Vaccine operations Central Provinces 1868-1885 - 1868-1885
Year: 1868
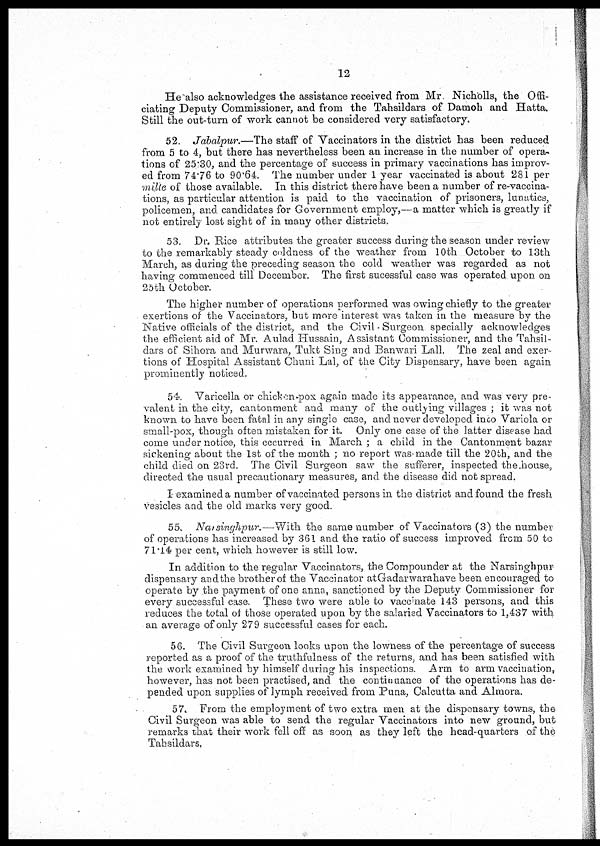
12
He also acknowledges the assistance received from Mr Nicholls, the Offi-
ciating Deputy Commissioner, and from the Tahsildars of Damoh and Hatta.
Still the out-turn of work cannot be considered very satisfactory.
52. Jabalpur.—The staff of Vaccinators in the district has been reduced
from 5 to 4, but there has nevertheless been an increase in the number of opera-
tions of 25.30, and the percentage of success in primary vaccinations has improv-
ed from 74.76 to 90.64. The number under 1 year vaccinated is about 281 per
mille of those available. In this district there have been a number of re-vaccina-
tions, as particular attention is paid to the vaccination of prisoners, lunatics,
policemen, and candidates for Government employ,—a matter which is greatly if
not entirely lost sight of in many other districts.
53. Dr. Rice attributes the greater success during the season under review
to the remarkably steady coldness of the weather from 10th October to 13th
March, as during the preceding season the cold weather was regarded as not
having commenced till December. The first sucessful case was operated upon on
25th October.
The higher number of operations performed was owing chiefly to the greater
exertions of the Vaccinators, but more interest was taken in the measure by the
Native officials of the district, and the Civil - Surgeon specially acknowledges
the efficient aid of Mr. Aulad Hussain, Assistant Commissioner, and the Tahsil-
dars of Sihora and Murwara, Tukt Sing and Banwari Lall. The zeal and exer-
tions of Hospital Assistant Chuni Lal, of the City Dispensary, have been again
prominently noticed.
54. Varicella or chickon-pox again made its appearance, and was very pre-
valent in the city, cantonment and many of the outlying villages ; it was not
known to have been fatal in any single case, and never developed into Variola or
small-pox, though often mistaken for it. Only one case of the latter disease had
come under notice, this occurred in March ; a child in the Cantonment bazar
sickening about the 1st of the month ; no report was made till the 20th, and the
child died on 23rd. The Civil Surgeon saw the sufferer, inspected the house,
directed the usual precautionary measures, and the disease did not spread.
I examined a number of vaccinated persons in the district and found the fresh
vesicles and the old marks very good.
55. Narsinghpur.—With the same number of Vaccinators (3) the number
of operations has increased by 361 and the ratio of success improved from 50 to
71.14 per cent, which however is still low.
In addition to the regular Vaccinators, the Compounder at the Narsinghpur
dispensary and the brother of the Vaccinator at Gadarwarahave been encouraged to
operate by the payment of one anna, sanctioned by the Deputy Commissioner for
every successful case. These two were able to vaccinate 143 persons, and this
reduces the total of those operated upon by the salaried Vaccinators to 1,437 with
an average of only 279 successful cases for each.
56. The Civil Surgeon looks upon the lowness of the percentage of success
reported as a proof of the truthfulness of the returns, and has been satisfied with
the work examined by himself during his inspections. Arm to arm vaccination,
however, has not been practised, and the continuance of the operations has de-
pended upon supplies of lymph received from Puna, Calcutta and Almora.
57. From the employment of two extra men at the dispensary towns, the
Civil Surgeon was able to send the regular Vaccinators into new ground, but
remarks that their work fell off as soon as they left the head-quarters of the
Tahsildars.